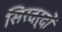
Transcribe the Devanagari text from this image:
सिरदर्दों